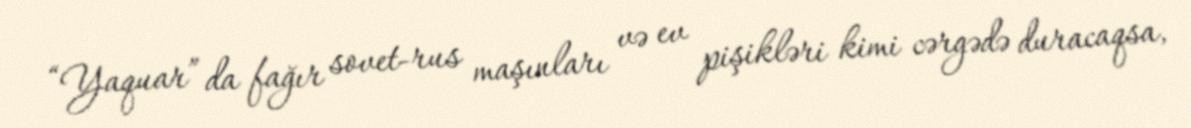
“Yaquar” da fağır sovet-rus maşınları və ev pişikləri kimi cərgədə duracaqsa,